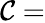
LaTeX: \mathcal{C}=